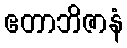
ဧတာဘိဇာနံ